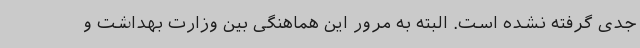
جدی گرفته نشده است. البته به مرور این هماهنگی بین وزارت بهداشت و